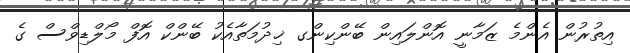
އިތުރުން އެންމެ ޒަމާނީ އޮންލައިން ބޭންކިންގ ޚިދުމަތާއެކު ބޭންކް އޮފް މޯލްޑިވްސް ގެ